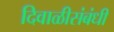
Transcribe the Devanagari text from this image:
दिवाळीसंबंधी